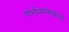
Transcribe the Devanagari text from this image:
गर्भधारणकाल